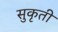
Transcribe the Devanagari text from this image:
सुकृती